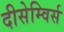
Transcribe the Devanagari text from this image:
दीसेम्विर्स